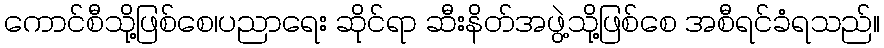
ကောင်စီသို့ဖြစ်စေ၊ပညာရေး ဆိုင်ရာ ဆီးနိတ်အဖွဲ့သို့ဖြစ်စေ အစီရင်ခံရသည်။